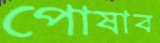
পোষাব